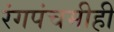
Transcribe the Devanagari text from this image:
रंगपंचमीही